Scottish Certificate of Education, 1963
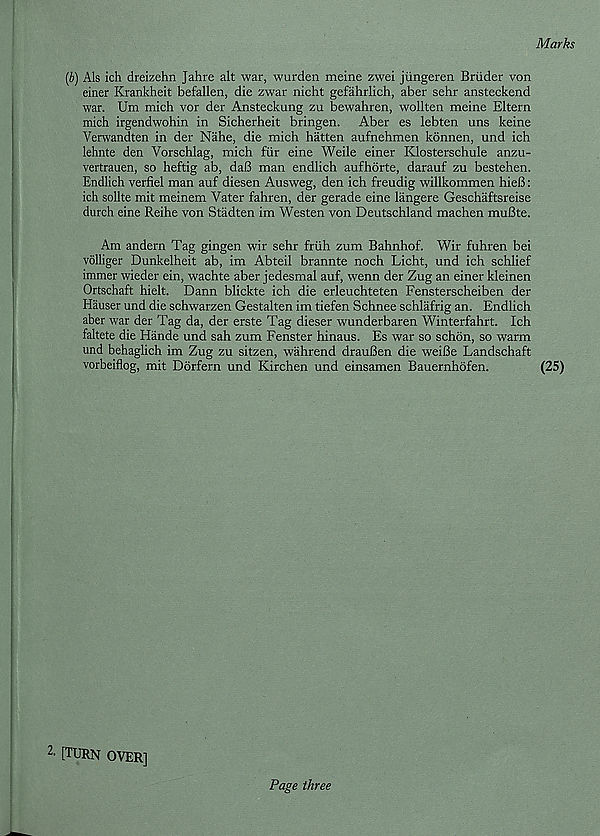
Marks
(b) Als ich dreizehn Jahre alt war, wurden meine zwei jiingeren Briider von
einer Krankheit befallen, die zwar nicht gefahrlich, aber sehr ansteckend
war. Um mich vor der Ansteckung zu bewahren, wollten meine Eltern
mich irgendwohin in Sicherheit bringen. Aber es lebten uns keine
Verwandten in der Nahe, die mich batten aufnehmen konnen, und ich
lehnte den Vorschlag, mich fur eine Weile einer Klosterschule anzu-
vertrauen, so heftig ab, da(3 man endlich aufhorte, darauf zu bestehen.
Endlich verfiel man auf diesen Ausweg, den ich freudig willkommen hiefi:
ich sollte mit meinem Yater fahren, der gerade eine langere Geschaftsreise
durch eine Reihe von Stadten im Westen von Deutschland machen muBte.
Am andern Tag gingen wir sehr friih zum Bahnhof. Wir fuhren bei
volliger Dunkelheit ab, im Abteil brannte noch Licht, und ich schlief
immer wieder ein, wachte aber jedesmal auf, wenn der Zug an einer kleinen
Ortschaft hielt. Dann blickte ich die erleuchteten Fensterscheiben der
Hauser und die schwarzen Gestalten im tiefen Schnee schlafrig an. Endlich
aber war der Tag da, der erste Tag dieser wunderbaren Winterfahrt. Ich
faltete die Hande und sah zum Fenster hinaus. Es war so schon, so warm
und behaglich im Zug zu sitzen, wahrend drauBen die weiBe Landschaft
vorbeiflog, mit Ddrfern und Kirchen und einsamen Bauernhdfen.
(25)
1 [TURN OVER]
Page three